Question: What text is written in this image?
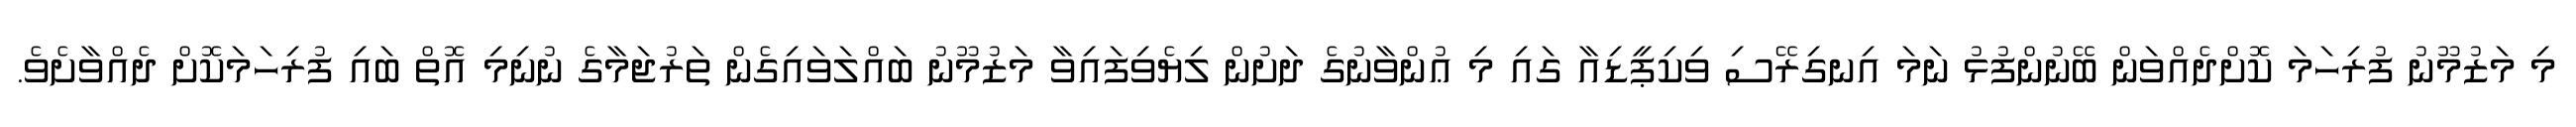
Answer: މި މަޒުމޫނު ފުރިހަމަ ކޮށްދެއްވަން ބޭނުންފުޅު ނަމަ އިނގިރޭސި ވިކިޕީޑިއާ ގައި މި ޢުންވާނުގެ ދަށުން ލިޔެވިފައިވާ މަޒުމޫނު ބައްލަވައިގެން ތަރުޖަމާގެ ނުނިމި އޮތް ބައި ފުރިހަމަކޮށް ދެއްވާށެވެ.